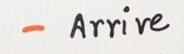
- Arrive